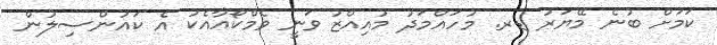
ކަމަށް ބުނެ މޭޔަރު ޑރ. މުހައްމަދު މުއިއްޒު ވަނީ ވެމްކޯއާއެކު އެ ކައުންސިލުން